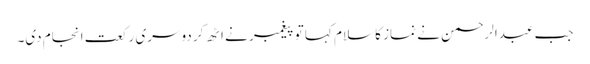
جب عبدالرحمن نے نماز کا سلام کہا تو پیغمبر نے اٹھ کر دوسری رکعت انجام دی۔